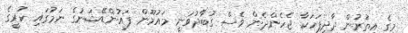
މީގެ އިތުރުން ދާދިފަހަކާ ޖެހެންދެން ވެސް ގުބާދުވަނީ މައުމޫން ފައުންޑޭޝަނުގެ ނަމުގައި ކުރީގެ